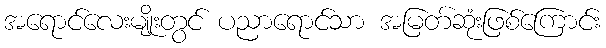
အရောင်လေးမျိုးတွင် ပညာရောင်သာ အမြတ်ဆုံးဖြစ်ကြောင်း